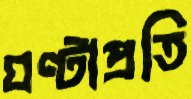
ঘণ্টাপ্রতি